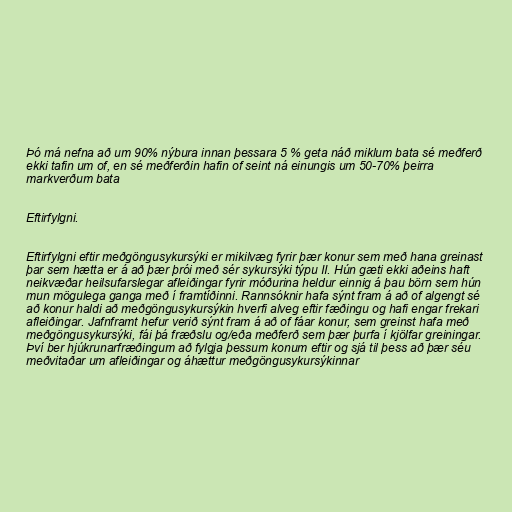
Þó má nefna að um 90% nýbura innan þessara 5 % geta náð miklum bata sé meðferð
ekki tafin um of, en sé meðferðin hafin of seint ná einungis um 50-70% þeirra
markverðum bata

Eftirfylgni.

Eftirfylgni eftir meðgöngusykursýki er mikilvæg fyrir þær konur sem með hana greinast
þar sem hætta er á að þær þrói með sér sykursýki týpu II. Hún gæti ekki aðeins haft
neikvæðar heilsufarslegar afleiðingar fyrir móðurina heldur einnig á þau börn sem hún
mun mögulega ganga með í framtíðinni. Rannsóknir hafa sýnt fram á að of algengt sé
að konur haldi að meðgöngusykursýkin hverfi alveg eftir fæðingu og hafi engar frekari
afleiðingar. Jafnframt hefur verið sýnt fram á að of fáar konur, sem greinst hafa með
meðgöngusykursýki, fái þá fræðslu og/eða meðferð sem þær þurfa í kjölfar greiningar.
Því ber hjúkrunarfræðingum að fylgja þessum konum eftir og sjá til þess að þær séu
meðvitaðar um afleiðingar og áhættur meðgöngusykursýkinnar